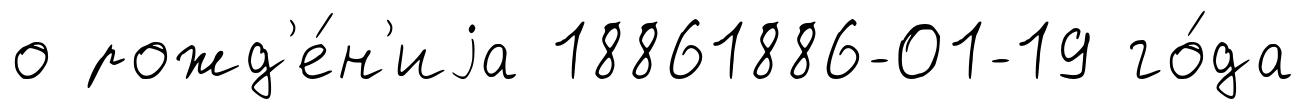
о рожд'е́н'иjа 18861886-01-19 го́да